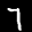
Label: 7